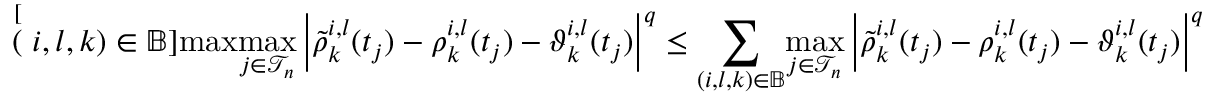
\stackrel [ ( i , l , k ) \in \mathbb { B } ] { \operatorname* { m a x } } \underset { j \in \mathcal { T } _ { n } } { \operatorname* { m a x } } \left| \tilde { \rho } _ { k } ^ { i , l } ( t _ { j } ) - \rho _ { k } ^ { i , l } ( t _ { j } ) - \vartheta _ { k } ^ { i , l } ( t _ { j } ) \right| ^ { q } \leq \underset { ( i , l , k ) \in \mathbb { B } } { \sum } \underset { j \in \mathcal { T } _ { n } } { \operatorname* { m a x } } \left| \tilde { \rho } _ { k } ^ { i , l } ( t _ { j } ) - \rho _ { k } ^ { i , l } ( t _ { j } ) - \vartheta _ { k } ^ { i , l } ( t _ { j } ) \right| ^ { q }